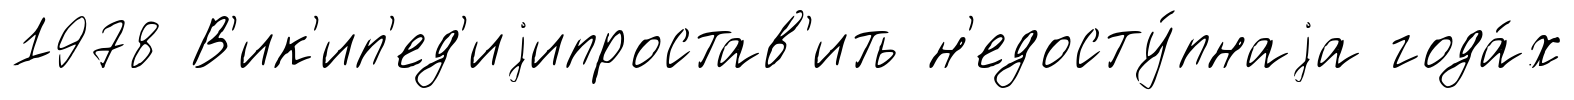
1978 В'ик'ип'ед'иjипростав'ить н'едосту́пнаjа года́х